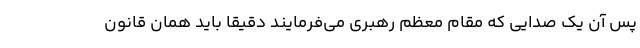
پس آن یک صدایی که مقام معظم رهبری می‌فرمایند دقیقا باید همان قانون